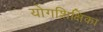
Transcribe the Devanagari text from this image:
योगशिक्षिका